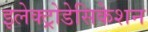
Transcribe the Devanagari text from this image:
इलेक्ट्रोडेसिकेशन